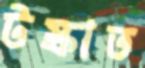
টস্‌কাত